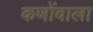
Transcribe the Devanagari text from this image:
कणोंवाला